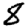
Digit: 8